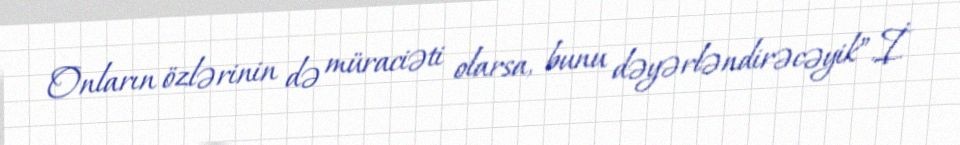
Onların özlərinin də müraciəti olarsa, bunu dəyərləndirəcəyik”.İ.